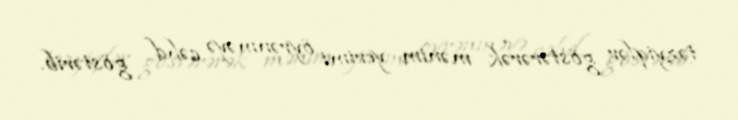
təzyiqlər göstərərək mənim yerimi öyrənməyə cəhd göstərib.